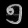
Digit: ၅